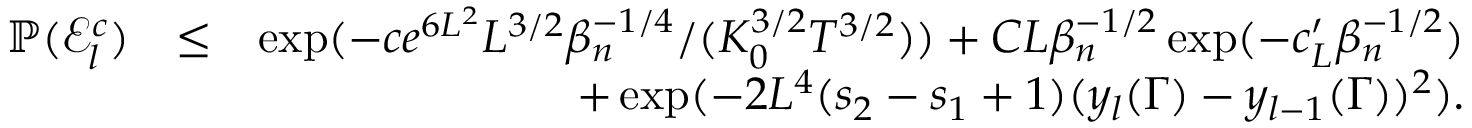
\begin{array} { r l r } { \mathbb { P } ( \mathscr { E } _ { l } ^ { c } ) } & { \leq } & { \exp ( - c e ^ { 6 L ^ { 2 } } L ^ { 3 \slash 2 } \beta _ { n } ^ { - 1 \slash 4 } \slash ( K _ { 0 } ^ { 3 \slash 2 } T ^ { 3 \slash 2 } ) ) + C L \beta _ { n } ^ { - 1 \slash 2 } \exp ( - c _ { L } ^ { \prime } \beta _ { n } ^ { - 1 \slash 2 } ) } \\ & { } & { + \exp ( - 2 L ^ { 4 } ( s _ { 2 } - s _ { 1 } + 1 ) ( y _ { l } ( \Gamma ) - y _ { l - 1 } ( \Gamma ) ) ^ { 2 } ) . } \end{array}